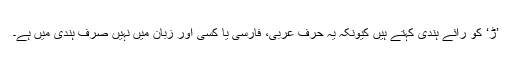
’ڑ‘ کو رائے ہندی کہتے ہیں کیونکہ یہ حرف عربی، فارسی یا کسی اور زبان میں نہیں صرف ہندی میں ہے۔